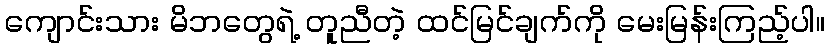
ကျောင်းသား မိဘတွေရဲ့ တူညီတဲ့ ထင်မြင်ချက်ကို မေးမြန်းကြည့်ပါ။